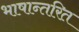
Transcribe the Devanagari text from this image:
भाषान्तरित